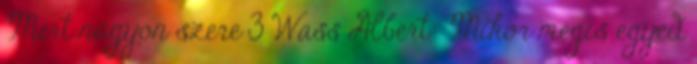
Mert nagyon szere 3 Wass Albert: Mikor mégis egyed